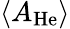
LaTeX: \langle A_{\mathrm{He}}\rangle